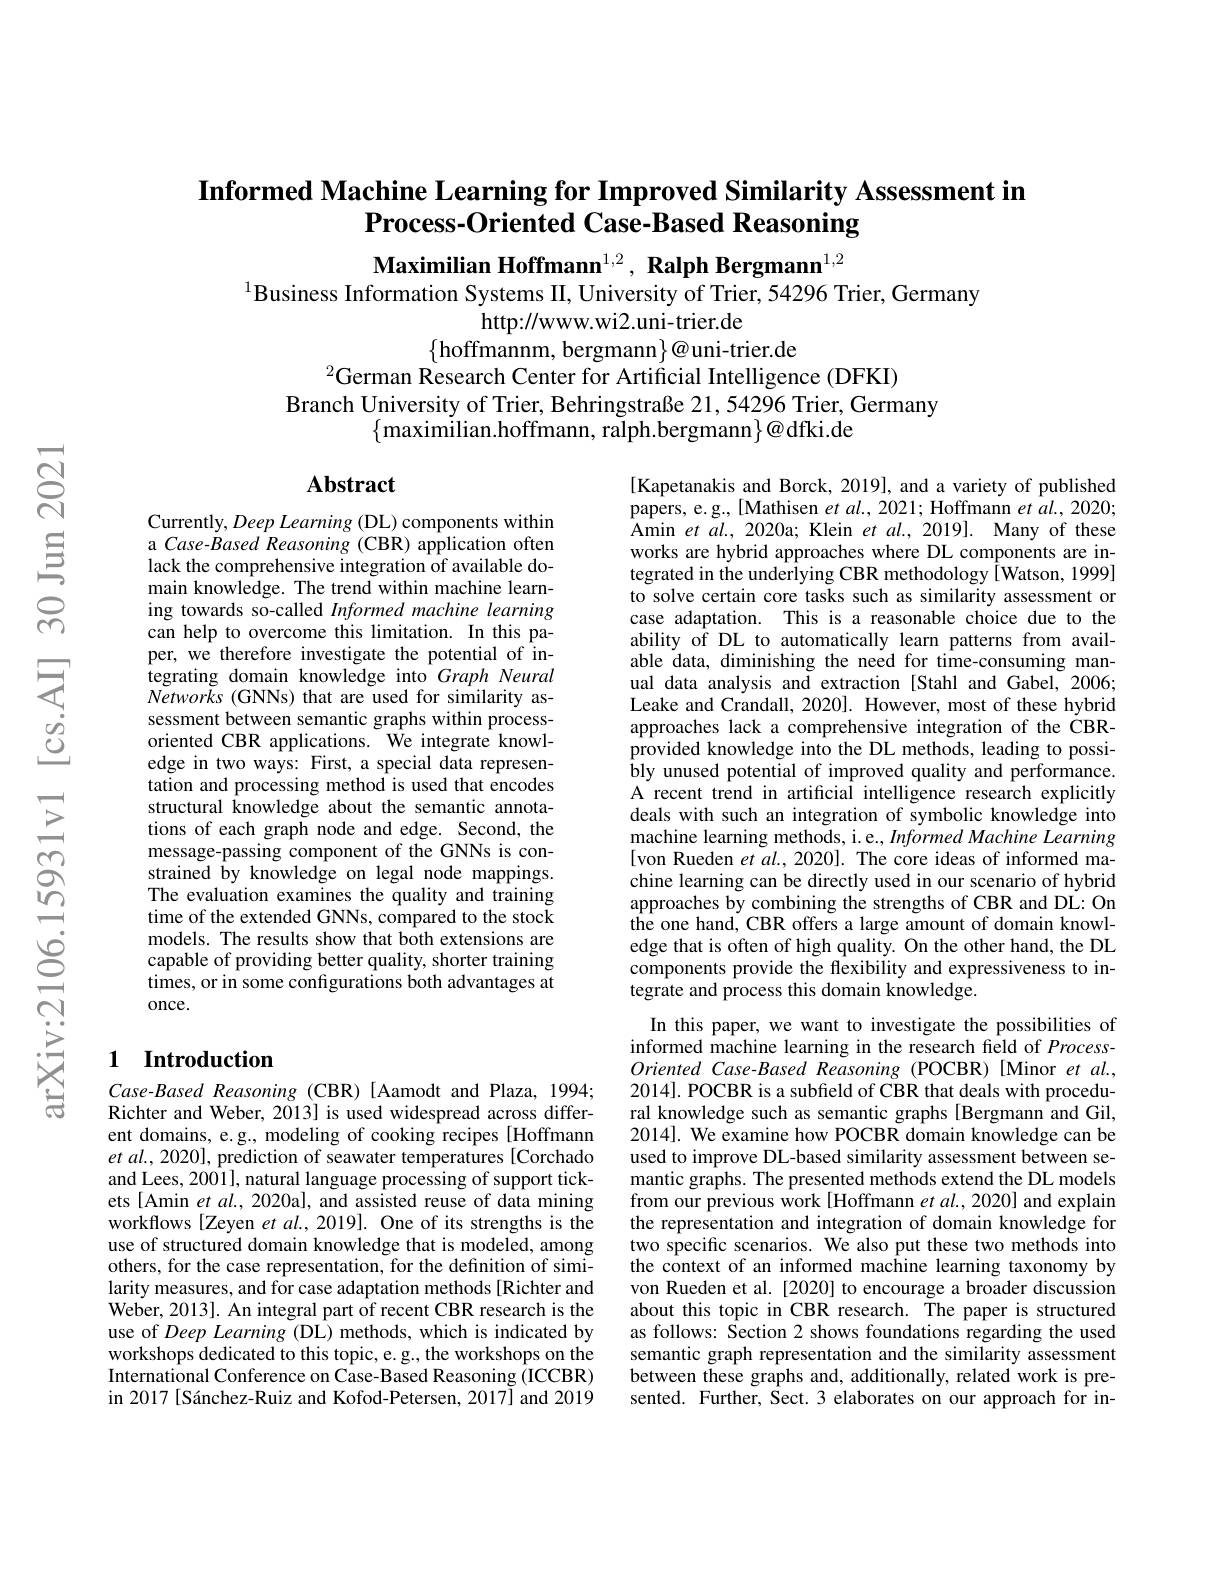
## Informed Machine Learning for Improved Similarity Assessment in $\textbf{Process- Oriented Case- Based Reasoning}$

Maximilian Hoffmann$^{1,2},\textbf{ Ralph Bergmann}^{1,2}$
$^{1}$Business Information Systems II, University of Trier, 54296 Trier, Germany
http://www.wi2.uni-trier.de
$\{$hoffmannm, bergmann$\}@$uni-trier.de
$^{2}$German Research Center for Artificial Intelligence (DFKI)

Branch University of Trier, Behringstraße 21, 54296 Trier, Germany
$\{$maximilian.hoffmann, ralph.bergmann$\}@$dfki.de

## $\mathbf{Abstract}$

Currently, Deep Learning (DL) components within a Case-Based Reasoning (CBR) application often lack the comprehensive integration of available domain knowledge. The trend within machine learning towards so-called Informed machine learning can help to overcome this limitation. In this paper, we therefore investigate the potential of integrating domain knowledge into Graph Neural Networks (GNNs) that are used for similarity assessment between semantic graphs within processoriented CBR applications. We integrate knowledge in two ways: First, a special data representation and processing method is used that encodes structural knowledge about the semantic annotations of each graph node and edge. Second, the message-passing component of the GNNs is constrained by knowledge on legal node mappings. The evaluation examines the quality and training time of the extended GNNs, compared to the stock models. The results show that both extensions are capable of providing better quality, shorter training times, or in some configurations both advantages at once.

[Kapetanakis and Borck, 2019], and a variety of published papers, e.g., [Mathisen $etal.,2021;$ Hoffmann et al., 2020; Amin et $al.,2020$a; Klein $etal.,2019].$ Many of these works are hybrid approaches where DL components are integrated in the underlying CBR methodology [Watson, 1999] to solve certain core tasks such as similarity assessment or case adaptation. This is a reasonable choice due to the ability of DL to automatically learn patterns from available data, diminishing the need for time-consuming manual data analysis and extraction [Stahl and Gabel, 2006; Leake and Crandall, 2020]. However, most of these hybrid approaches lack a comprehensive integration of the CBRprovided knowledge into the DL methods, leading to possibly unused potential of improved quality and performance. A recent trend in artificial intelligence research explicitly deals with such an integration of symbolic knowledge into machine learning methods, i.e., Informed Machine Learning [von Rueden et $al.,2020].$ The core ideas of informed machine learning can be directly used in our scenario of hybrid approaches by combining the strengths of CBR and DL: On the one hand, CBR offers a large amount of domain knowledge that is often of high quality. On the other hand, the DL components provide the flexibility and expressiveness to in- $\hat{\text{tegrate and process this domain knowledge}}.$
In this paper, we want to investigate the possibilities of informed machine learning in the research field of ProcessOriented Case-Based Reasoning (POCBR) [Minor et al. 2014]. POCBR is a subfeld of CBR that deals with procedural knowledge such as semantic graphs [Bergmann and Gil, 2014]. We examine how POCBR domain knowledge can be used to improve DL-based similarity assessment between semantic graphs. The presented methods extend the DL models from our previous work[Hoffmann et al., 2020] and explain the representation and integration of domain knowledge for two specific scenarios. We also put these two methods into the context of an informed machine learning taxonomy by von Rueden et al. [2020] to encourage a broader discussion about this topic in CBR research. The paper is structured as follows: Section 2 shows foundations regarding the used semantic graph representation and the similarity assessment between these graphs and, additionally, related work is presented. Further, Sect. 3 elaborates on our approach for in-

## 1 Introduction

$Case-Based$ Reasoning (CBR)[Aamodt and Plaza, 1994; Richter and Weber, 2013] is used widespread across different domains, e.g., modeling of cooking recipes [Hoffmann et al., 2020], prediction of seawater temperatures [Corchado and Lees, 2001], natural language processing of support tickets [Amin et al., 2020a], and assisted reuse of data mining workflows [Zeyen et al., 2019]. One of its strengths is the use of structured domain knowledge that is modeled, among others, for the case representation, for the definition of similarity measures, and for case adaptation methods[Richter and Weber, 2013]. An integral part of recent CBR research is the use of Deep Learning (DL) methods, which is indicated by workshops dedicated to this topic, e.g., the workshops on the International Conference on Case-Based Reasoning (ICCBR) in 2017[Sánchez-Ruiz and Kofod-Petersen, 2017] and 2019